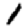
Digit: 1